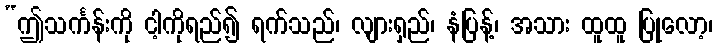
“ဤသင်္ကန်းကို ငါ့ကိုရည်၍ ရက်သည်၊ လျားရှည်၊ နံပြန့်၊ အသား ထူထူ ပြုလော့၊